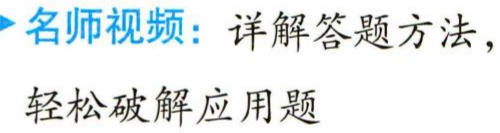
名师视频：详解答题方法，轻松破解应用题